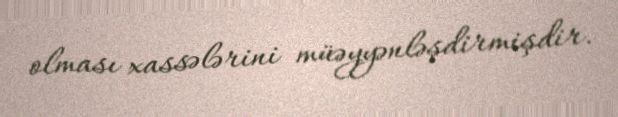
olması xassələrini müəyyənləşdirmişdir.